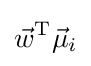
{\vec {w}}^{\mathrm {T} }{\vec {\mu }}_{i}